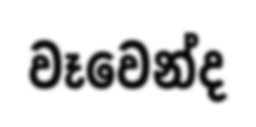
වෑවෙන්ද